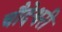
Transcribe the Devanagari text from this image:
चौदेश्वरी